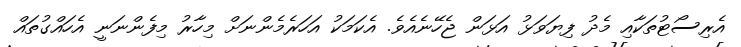
އެރިސޯޓުތަކާއި މެދު ފިޔަވަޅު އަޅަން ޖެހޭނެއެވެ. އެކަމަކު އަހަރެމެންނަށް މިހާރު މިފެންނަނީ އެހައްގުތައް